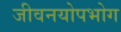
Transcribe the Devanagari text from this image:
जीवनयोपभोग